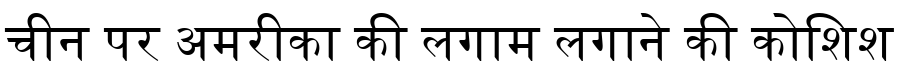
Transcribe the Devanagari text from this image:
चीन पर अमरीका की लगाम लगाने की कोशिश